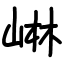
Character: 崊